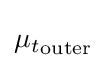
{\mu _{t}}_{\text{outer}}